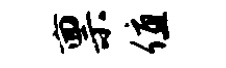
禀值